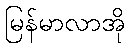
မြန်မာလာအို